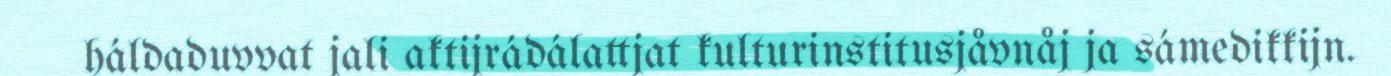
háldaduvvat jali aktijrádálattjat kulturinstitusjåvnåj ja sámedikkijn.